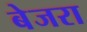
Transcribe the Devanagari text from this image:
बेजरा